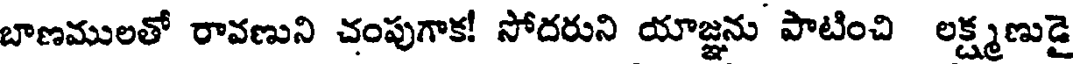
బాణములతో రావణుని చంపుగాక! సోదరుని యాజ్ఞను పాటించి లక్ష్మణుడై